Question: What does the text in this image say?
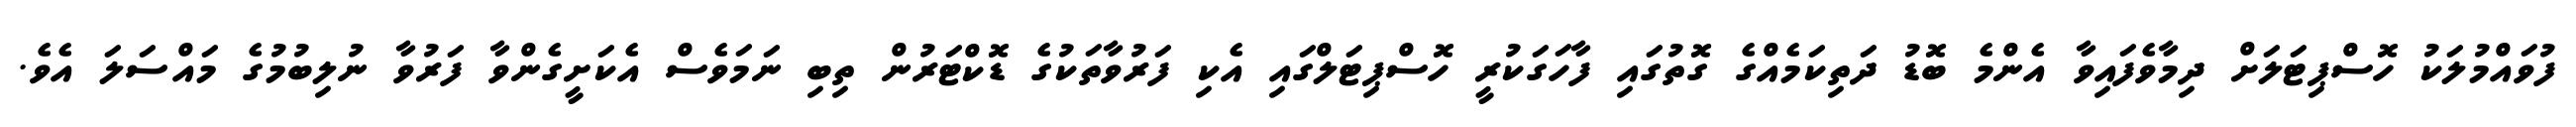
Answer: ފުވައްމުލަކު ހޮސްޕިޓަލަށް ދިމާވެފައިވާ އެންމެ ބޮޑު ދަތިކަމެއްގެ ގޮތުގައި ފާހަގަކުރީ ހޮސްޕިޓަލްގައި އެކި ފަރުވާތަކުގެ ޑޮކްޓަރުން ތިބި ނަމަވެސް އެކަށީގެންވާ ފަރުވާ ނުލިބުމުގެ މައްސަލަ އެވެ.